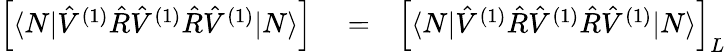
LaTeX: \begin{array}{rlr}{\Big[\langle N|\hat{V}^{(1)}\hat{R}\hat{V}^{(1)}\hat{R}\hat{V}^{(1)}|N\rangle\Big]}&{{}=}&{\Big[\langle N|\hat{V}^{(1)}\hat{R}\hat{V}^{(1)}\hat{R}\hat{V}^{(1)}|N\rangle\Big]_{{L}}}\end{array}